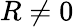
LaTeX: R\neq 0